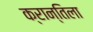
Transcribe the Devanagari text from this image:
क्रान्तिला